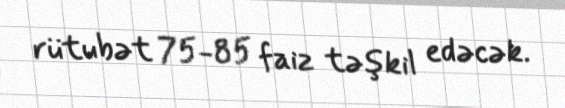
rütubət 75-85 faiz təşkil edəcək.